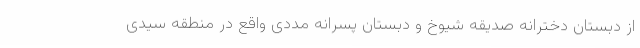
از دبستان دخترانه صدیقه شیوخ و دبستان پسرانه مددی واقع در منطقه سیدی